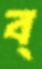
ব্